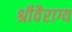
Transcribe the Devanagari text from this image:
श्रीवैराग्य